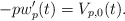
\begin{align*}-pw_p'(t) = V_{p,0}(t).\end{align*}